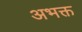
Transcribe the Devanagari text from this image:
अभक्त